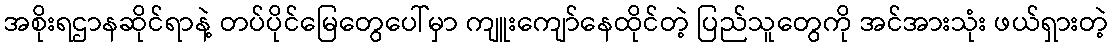
အစိုးရဌာနဆိုင်ရာနဲ့ တပ်ပိုင်မြေတွေပေါ်မှာ ကျူးကျော်နေထိုင်တဲ့ ပြည်သူတွေကို အင်အားသုံး ဖယ်ရှားတဲ့